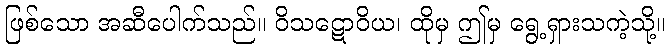
ဖြစ်သော အဆီပေါက်သည်။ ဝိသဋောဝိယ၊ ထိုမှ ဤမှ ရွေ့ရှားသကဲ့သို့။